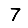
Digit: 7